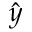
\hat { y }